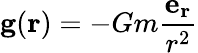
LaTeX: \mathbf{g}(\mathbf{r})=-Gm{\frac{\mathbf{e_{r}}}{r^{2}}}